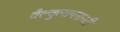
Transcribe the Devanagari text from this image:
वैल्वुलाप्लास्टी